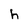
Character: h